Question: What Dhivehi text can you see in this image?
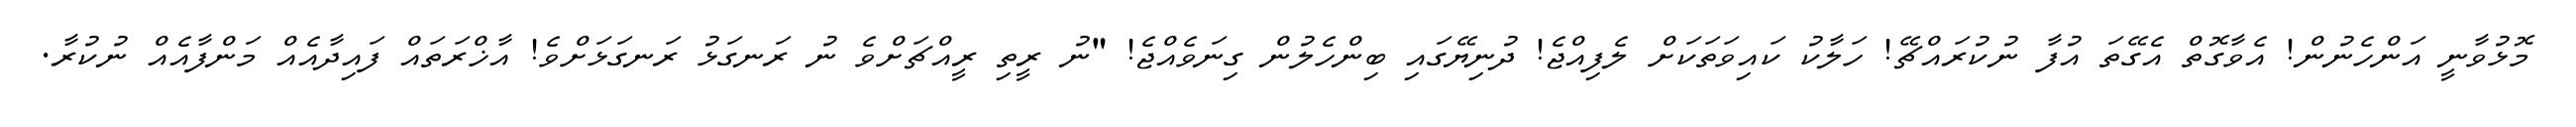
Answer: މޮޅުވާނީ އަންހެނުން! އެވާގޮތް އެގޭތަ އުފާ ނުކުރައްޗޭ! ހަލާކު ކައިވަތަކަށް ލެފިއްޖެ! ދުނިޔޭގައި ބިންހެލުން ގިނަވެއްޖެ! "ނު ރީތި ރީއްޗަށްވެ ނު ރަނގަޅު ރަނގަޅަށްވެ! އާޚްރަތައް ފައިދާއެއް މަންފާއެއް ނުކުރާ.